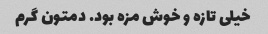
خیلی تازه و خوش مزه بود. دمتون گرم